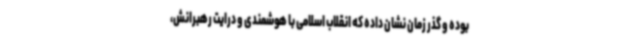
بوده و گذر زمان نشان داده که انقلاب اسلامی با هوشمندی و درایت رهبرانش،